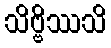
သိဗ္ဗိဿသိ